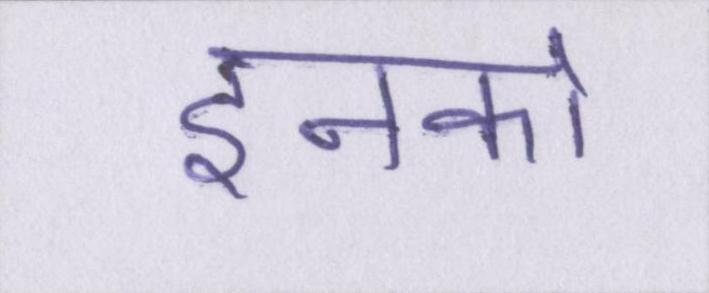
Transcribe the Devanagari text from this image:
इनको